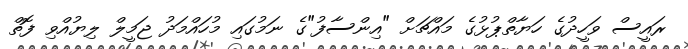
ރައީސް ވަހީދުގެ ހަޔާތްޕުޅުގެ މައްޗަށް "އިންސާފު"ގެ ނަމުގައި މުހައްމަދު ޖަމީލް ލިޔުއްވި ފޮތް